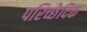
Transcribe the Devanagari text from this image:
परिच्छेदिक